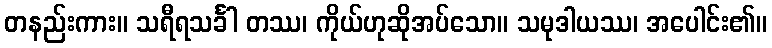
တနည်းကား။ သရီရသင်္ခါ တဿ၊ ကိုယ်ဟုဆိုအပ်သော။ သမုဒါယဿ၊ အပေါင်း၏။